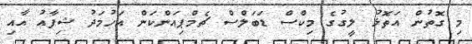
މި ގޮތުން އަތޮޅު ލީގުގެ މިކްސް ޑަބަލްސް ޗެމްޕިއަންކަން އަހުމަދު ޝިފާއު އާއި